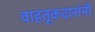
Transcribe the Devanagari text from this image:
वाहतूकदारांनी